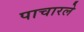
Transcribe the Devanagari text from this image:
पाचारले